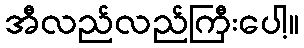
အီလည်လည်ကြီးပေါ့။